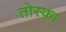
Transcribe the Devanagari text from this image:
तोस्क।